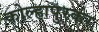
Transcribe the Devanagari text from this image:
कोल्हापुरकर